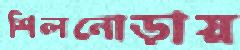
শিলনোড়ায়